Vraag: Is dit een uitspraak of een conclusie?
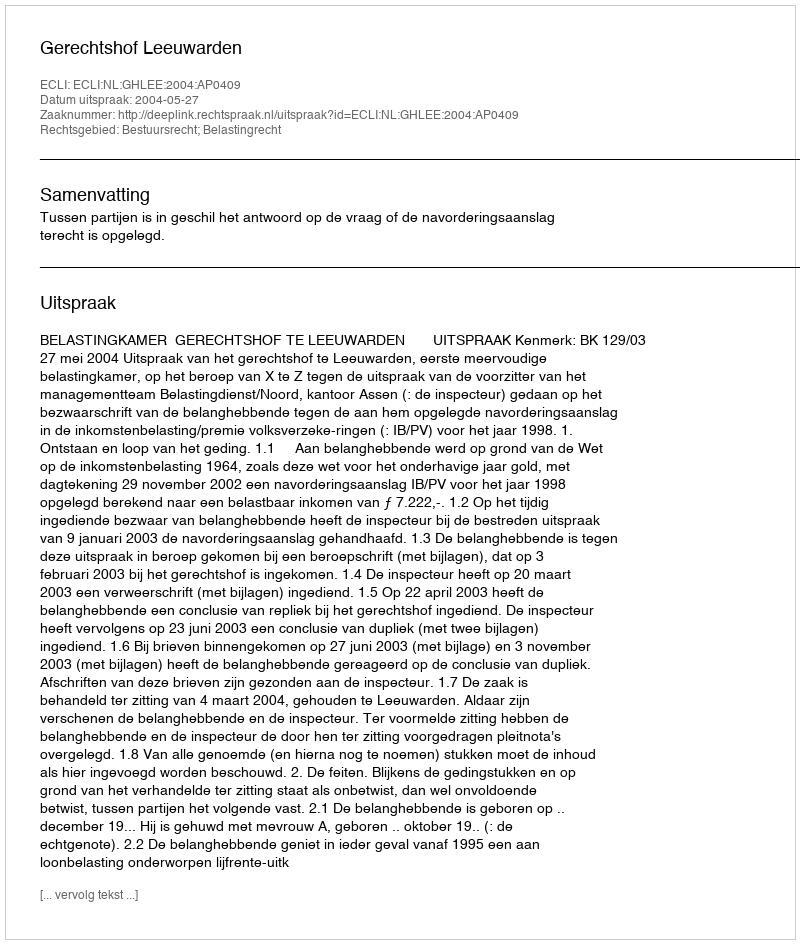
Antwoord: Uitspraak